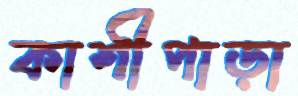
কাশীপাড়া